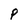
Character: P